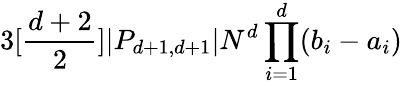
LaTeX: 3[\frac{d+2}{2}]|P_{d+1,d+1}|N^{d}\prod_{i=1}^{d}(b_{i}-a_{i})